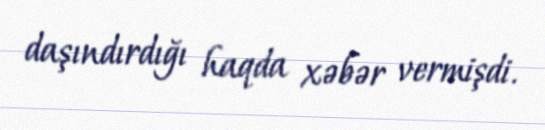
daşındırdığı haqda xəbər vermişdi.